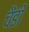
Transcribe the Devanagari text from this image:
चैंडी